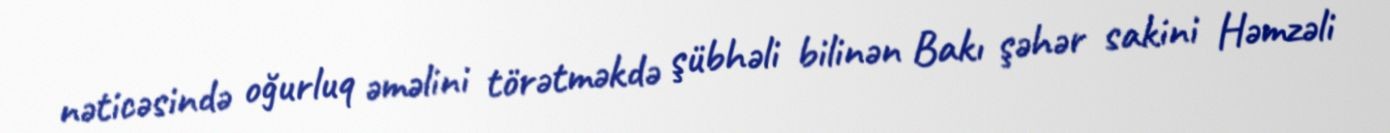
nəticəsində oğurluq əməlini törətməkdə şübhəli bilinən Bakı şəhər sakini Həmzəli